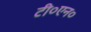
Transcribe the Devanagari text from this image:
टी०एन०